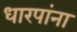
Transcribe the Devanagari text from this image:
धारपांना